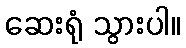
ဆေးရုံ သွားပါ။